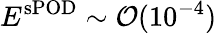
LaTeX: E^{\mathrm{sPOD}}\sim\mathcal{O}(10^{-4})